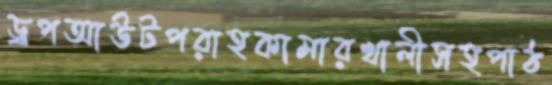
ড্রপআউটপরাহকামারখালীসহপাঠ